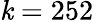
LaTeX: \mathit{k}=252